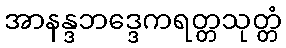
အာနန္ဒဘဒ္ဒေကရတ္တသုတ္တံ